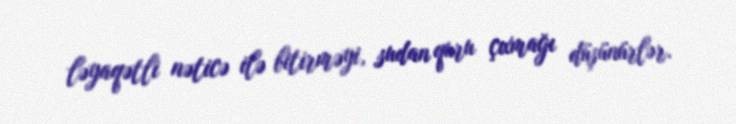
ləyaqətli nəticə ilə bitirməyi, sudan quru çıxmağı düşünürlər.